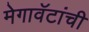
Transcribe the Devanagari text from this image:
मेगावॅटांची